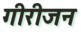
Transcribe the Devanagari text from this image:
गीरीजन